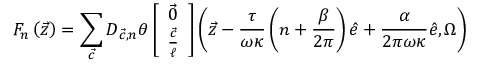
F _ { n } \left( { \vec { z } } \right) = \sum _ { { \vec { c } } } D _ { { \vec { c } } , n } \theta \left[ \begin{array} { c } { { { \vec { 0 } } } } \\ { { \frac { { \vec { c } } } { \ell } } } \end{array} \right] \left( { \vec { z } } - \frac { \tau } { \omega \kappa } \left( n + \frac { \beta } { 2 \pi } \right) { \hat { e } } + \frac { \alpha } { 2 \pi \omega \kappa } { \hat { e } } , \Omega \right)